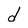
Character: d